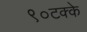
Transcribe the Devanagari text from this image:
९०टक्के